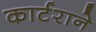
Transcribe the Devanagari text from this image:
कार्टराने